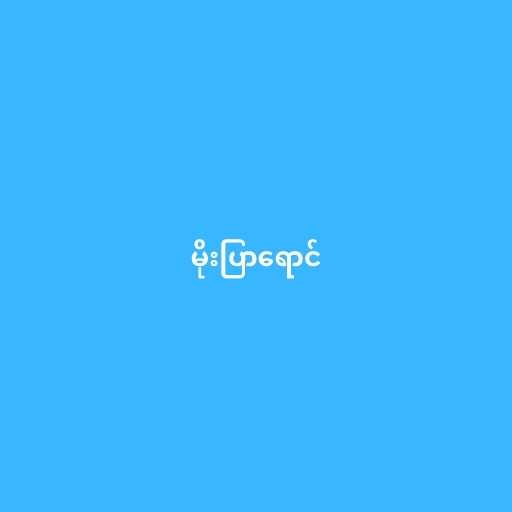
မိုးပြာရောင်